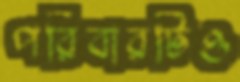
পরিবারটিও